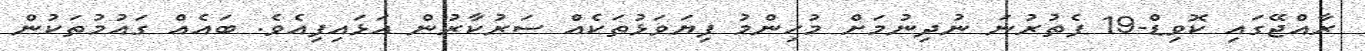
ރާއްޖޭގައި ކޮވިޑް-19 ފެތުރުނަ ނުދިނުމަށް މުހިންމު ފިޔަވަޅުތަކެއް ސަރުކާރުން އަޅައިފިއެވެ. ބައެއް ގައުމުތަކުން